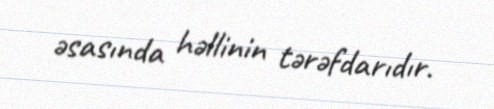
əsasında həllinin tərəfdarıdır.